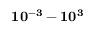
\mathbf { 1 0 ^ { - 3 } - 1 0 ^ { 3 } }